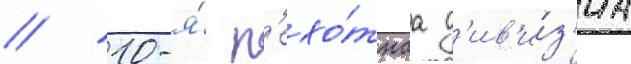
// 10-я́ п'ехо́тнаа д'ив'и́з'иа